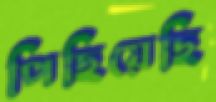
পিছিয়েছি